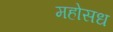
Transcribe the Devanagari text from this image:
महोसध